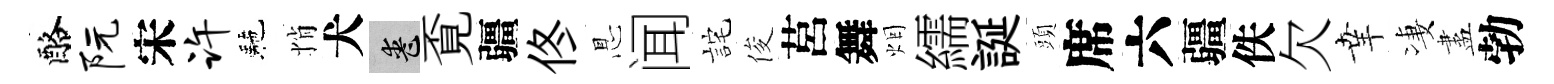
酪阮宋许駰悄犬喪覔疆佟㤙闻詫俊莒舞烟繻誕頭席六疆佚欠𦍒凄盡勃